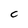
Character: c